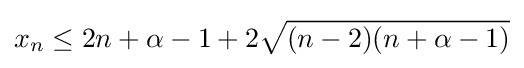
x_{n}\leq 2n+\alpha -1+2{\sqrt {(n-2)(n+\alpha -1)}}